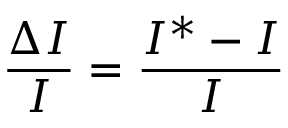
\frac { \Delta I } { I } = \frac { I ^ { * } - I } { I }